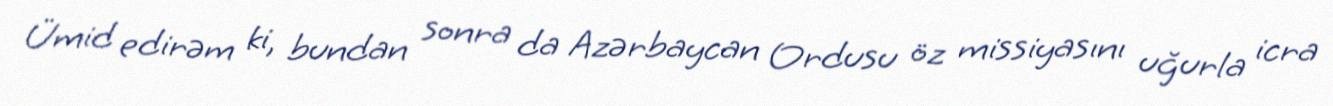
Ümid edirəm ki, bundan sonra da Azərbaycan Ordusu öz missiyasını uğurla icra